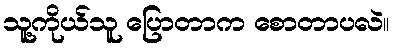
သူ့ကိုယ်သူ ပြောတာက စောတာပလဲ။